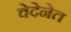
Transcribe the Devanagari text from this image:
वेदेनेत